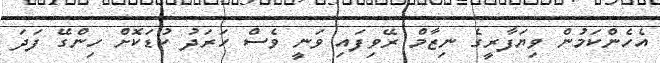
އެހެންކަމުން ވިޔަފާރީގެ ނިޒާމް ރޭވިފައި ވަނީ ވެސް ހަރަދު ކުޑަކޮށް ހިންގޭ ފަދަ